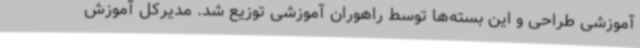
آموزشی طراحی و این بسته‌ها توسط راهوران آموزشی توزیع شد. مدیرکل آموزش